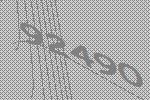
92490